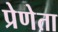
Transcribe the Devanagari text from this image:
प्रेणेता